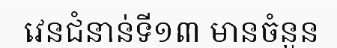
វេនជំនាន់ទី១៣ មានចំនួន